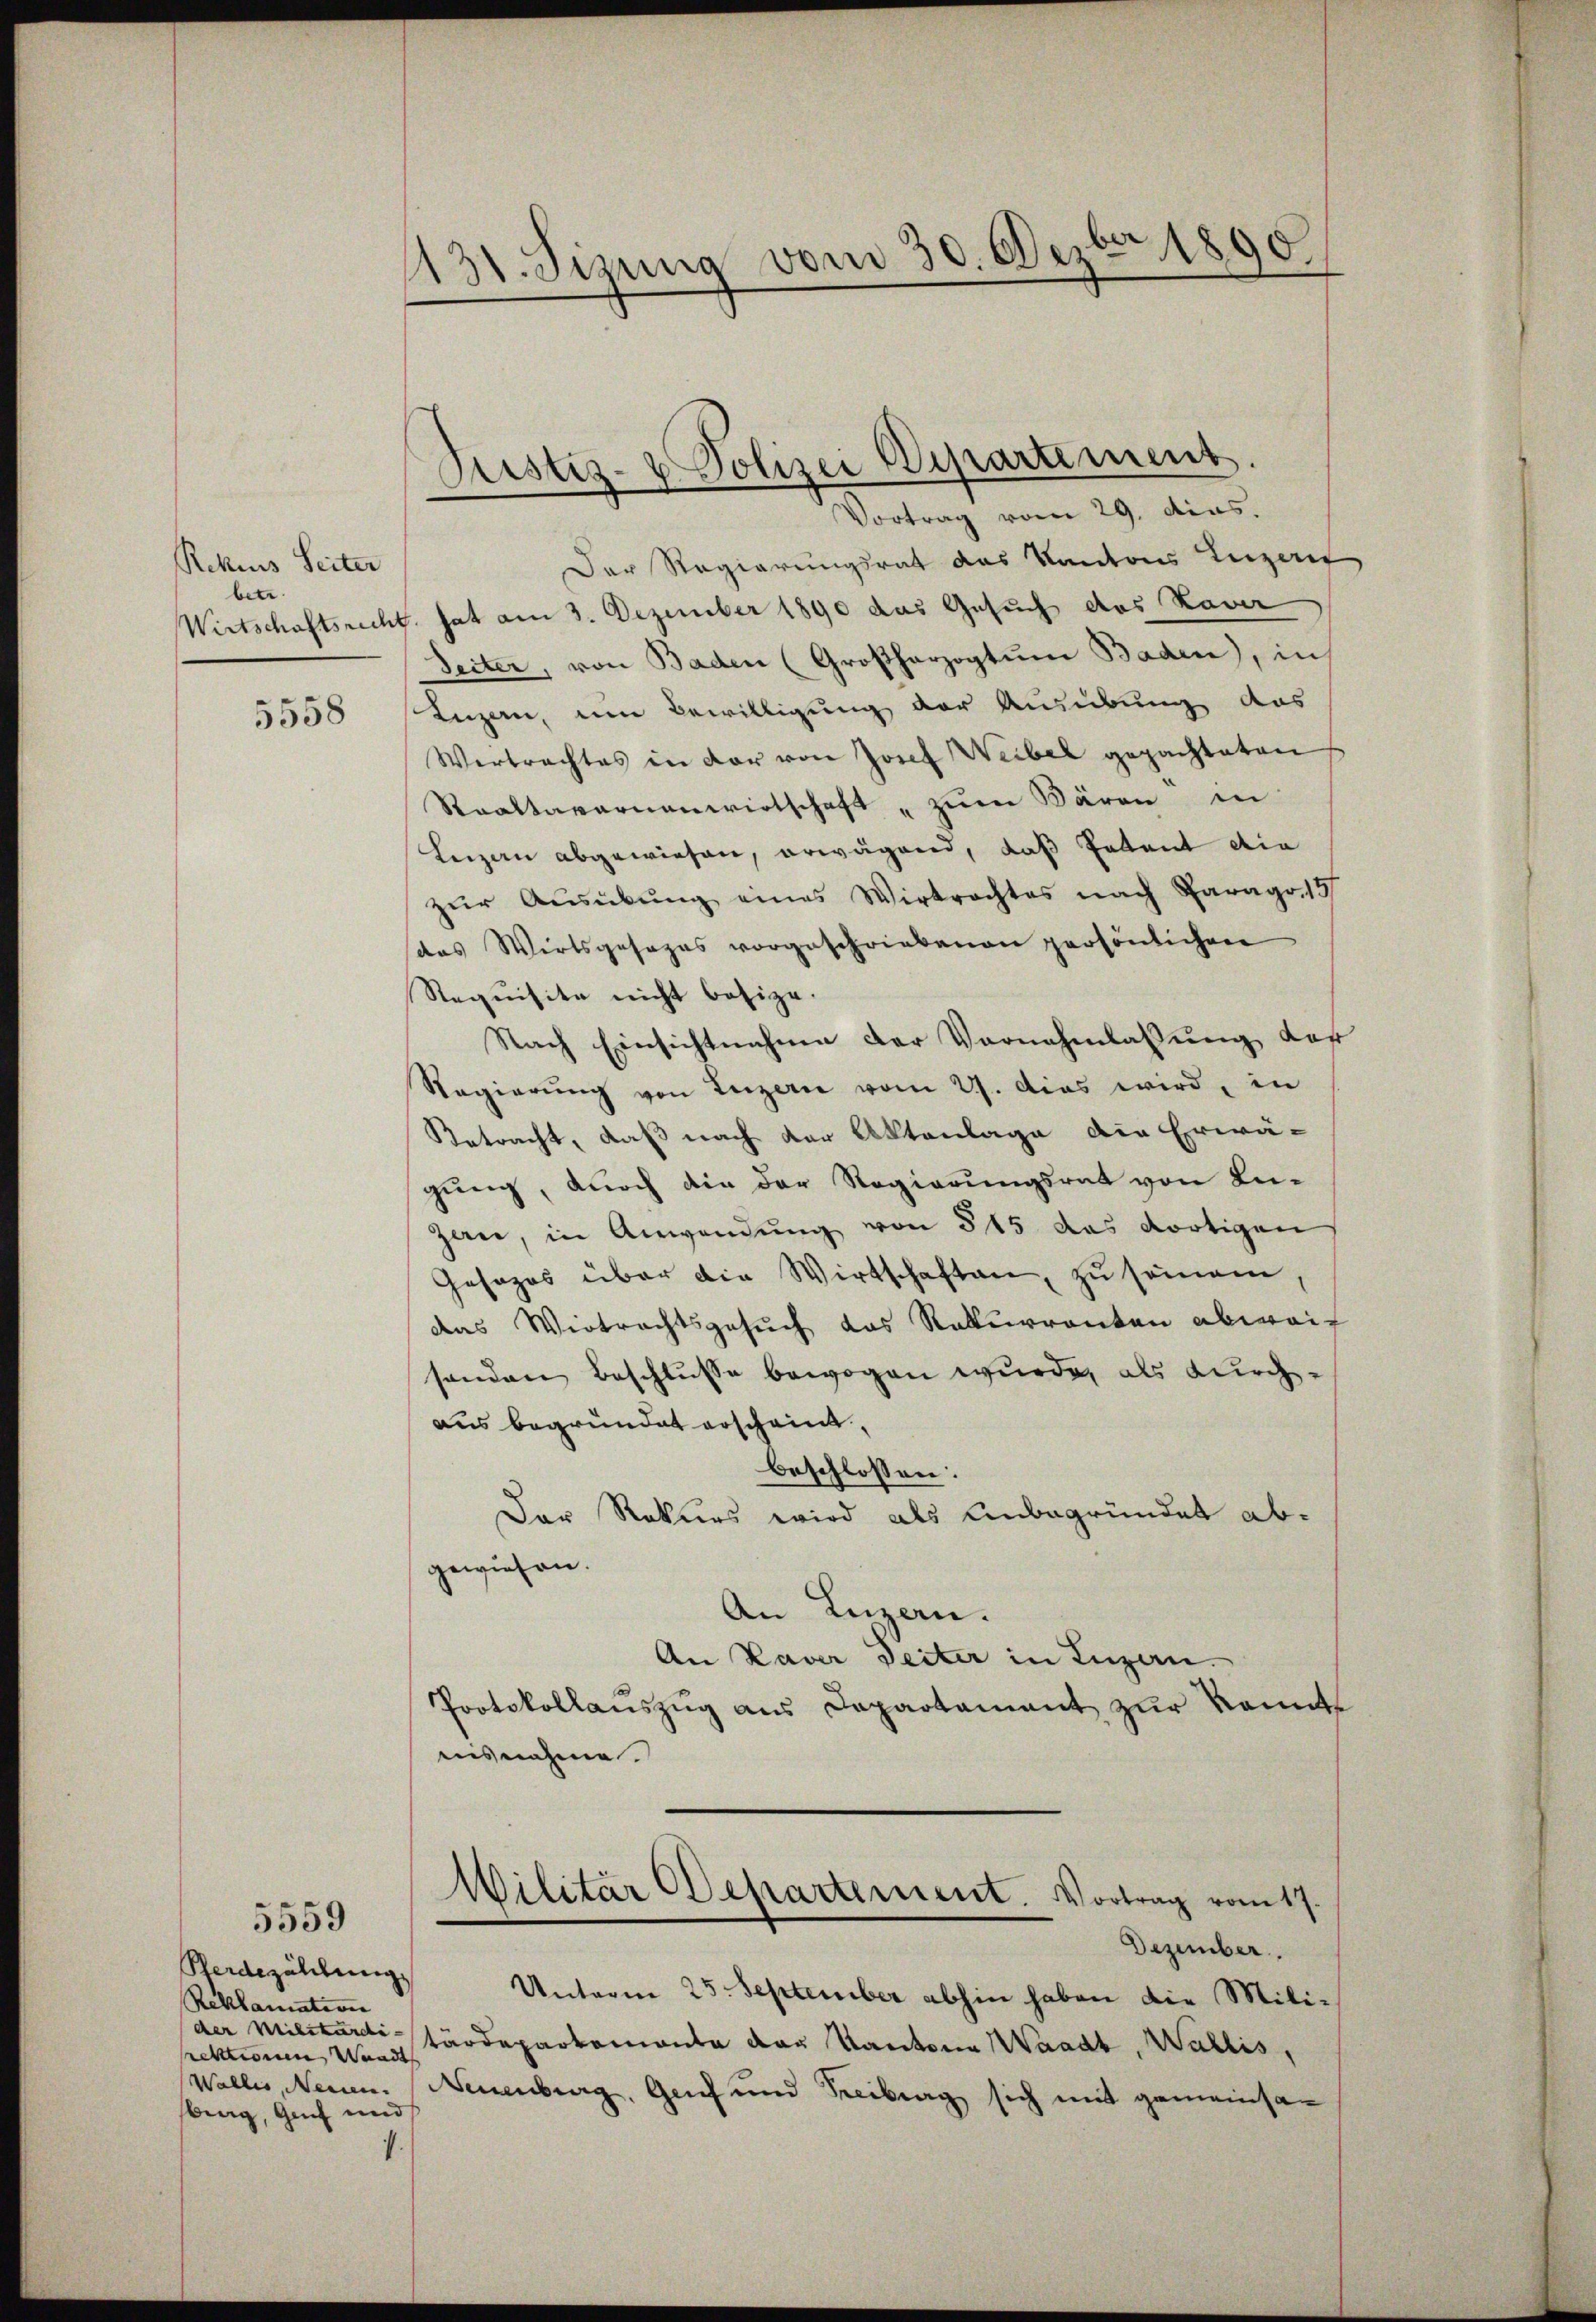
Rekcus Seiter
betr.

5558

5559

Herdezählung.
Reklamation
rektionen Waadt
berg, Genf und

Der Regierungsrat das Kantons Luzer
Wirtschaftsrecht hat am 3. Dezember 1890 das Gesuch das Kaver
Seiter, von Baden (Großherzogtum Baden), in
Inzen, um Bewilligung der Ausübung das
Vertrachtes in der von Josef Weibel gepachteten
Staattavernenwirtschaft " zŭm Bären in
Leizen abgewiesen, erwägend, daß Petent die
zŭr Aŭsübŭng eines Wirtrachtes nach Paragr. 15
das Wirtsgesages vorgeschriebenen persönlichen
Requisite nicht besize.
Nach Einsichtnahme der Vornehmlassung daß
Regierŭng von Luzern vom 27. Das wird, in
Retracht, daß nach der Aktenlage die Erwä-
gung, durch die der Regierungsrat von Luzau, in Anwendung von 815 das dortigen
Gesezes über die Wirtschaften, zu seinem
das Wietrachtsgesuch das Rekurrenten abweic
sonden Beschlusse bewogen wurde, als durch-
aus begründet erscheint,
beschlossen:
Der Rekurs wird als Unbegründet abgewiesen.
An Luzern.
An Laver Seiter in Luzern.
Protokollaŭszŭg ans Departament zŭr konnte
aisnahme.
Militär Departement. Vortrag vom 17.
Dezember.
Unterm 25. September abhin haben die Milider Militärditärdepartemonta der Kantona Waadt, Wallis,
(Wallis, Neuen. Neuenburg, Genf und Freibung sich mit gemeinsa¬
.

131. Sizung vom 30. Dezbr. 1890.

Justiz- u. Polizei Departement.
Vortrag vom 29. dies.